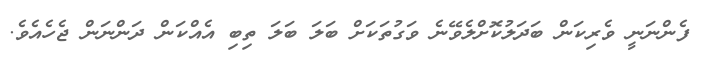
ފެންނަނީ ވެރިކަން ބަދަލުކޮށްލެވޭނެ ވަގުތަކަށް ބަލަ ބަލަ ތިބި އެއްކަން ދަންނަން ޖެހެއެވެ.